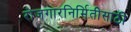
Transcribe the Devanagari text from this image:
रोजगारनिर्मितीसाठी